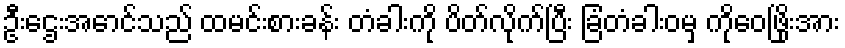
ဦးဌေးအောင်သည် ထမင်းစားခန်း တံခါးကို ပိတ်လိုက်ပြီး ခြံတံခါးဝမှ ကိုဝေဖြိုးအား